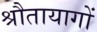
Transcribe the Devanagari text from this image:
श्रौतायागों